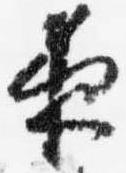
夜